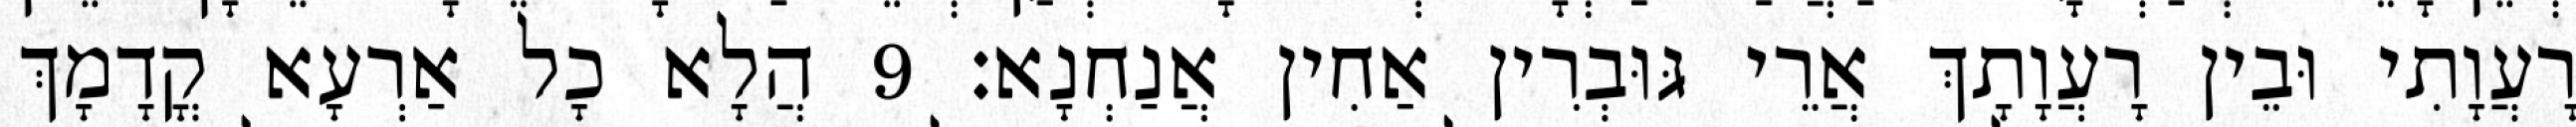
רָעֲוָתִי וּבֵין רָעֲוָתָךְ אֲרֵי גּוּבְרִין אַחִין אֲנַחְנָא׃ 9 הֲלָא כָל אַרְעָא קֳדָמָךְ